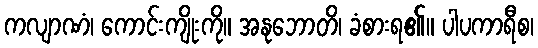
ကလျာဏံ၊ ကောင်းကျိုးကို။ အနုဘောတိ၊ ခံစားရ၏။ ပါပကာရီစ၊